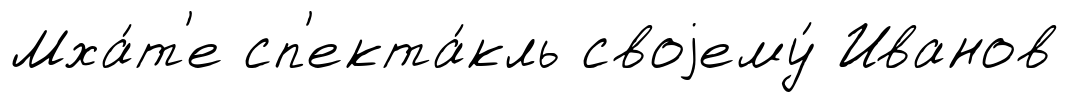
Мха́т'е сп'екта́кль своjему́ Иванов